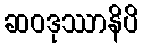
ဆဝဒုဿာနိပိ